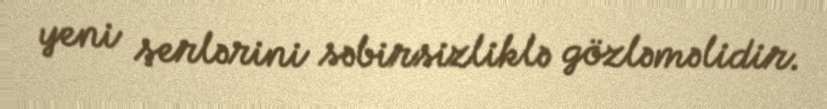
yeni şerlərini səbirsizliklə gözləməlidir.